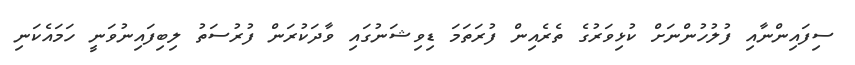
ސިފައިންނާއި ފުލުހުންނަށް ކުޅިވަރުގެ ތެރެއިން ފުރަތަމަ ޑިވިޝަނުގައި ވާދަކުރަން ފުރުސަތު ލިބިފައިނުވަނީ ހަމައެކަނި